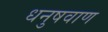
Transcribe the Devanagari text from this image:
धनुषवाण